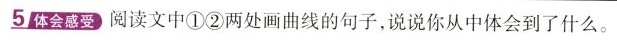
5体会感受阅读文中①②两处画曲线的句子，说说你从中体会到了什么。